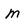
Character: m